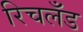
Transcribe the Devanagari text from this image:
रिचलँड